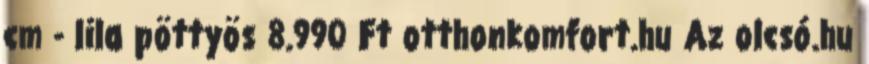
cm - lila pöttyös 8.990 Ft otthonkomfort.hu Az olcsó.hu